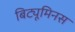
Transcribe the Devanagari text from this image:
बिट्यूमिनस